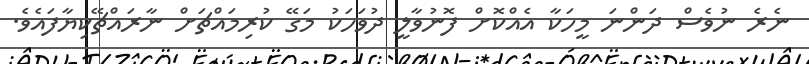
ނެރެ ނުވެސް ދަންނަ މީހަކާ އެއްކޮށް ފޮނުވާލީ ދުވަހަކު މަގޭ ކުރިމައްޗަށް ނާރައްޗޭކިޔާފައެވެ.